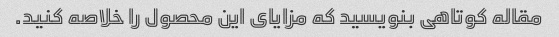
مقاله کوتاهی بنویسید که مزایای این محصول را خلاصه کنید.